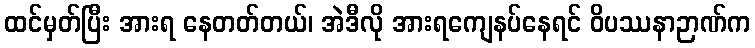
ထင်မှတ်ပြီး အားရ နေတတ်တယ်၊ အဲဒီလို အားရကျေနပ်နေရင် ဝိပဿနာဉာဏ်က